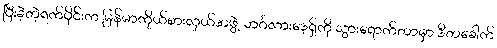
ပြီးခဲ့တဲ့ရက်ပိုင်းက မြန်မာကိုယ်စားလှယ်အဖွဲ့ ဘင်္ဂလားဒေ့ရှ်ကို သွားရောက်တာမှာ ဒီတခေါက်